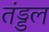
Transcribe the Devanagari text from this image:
तंड्डल